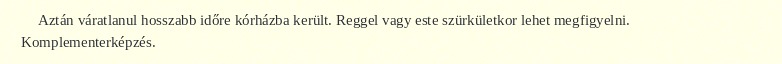
Aztán váratlanul hosszabb időre kórházba került. Reggel vagy este szürkületkor lehet megfigyelni. Komplementerképzés.